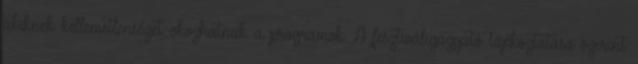
akiknek kellemetlenséget okozhatnak a programok. A fesztiváligazgató tájékoztatása szerint